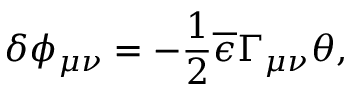
\delta \phi _ { \mu \nu } = - \frac { 1 } { 2 } \overline { { { \epsilon } } } \Gamma _ { \mu \nu } \theta ,